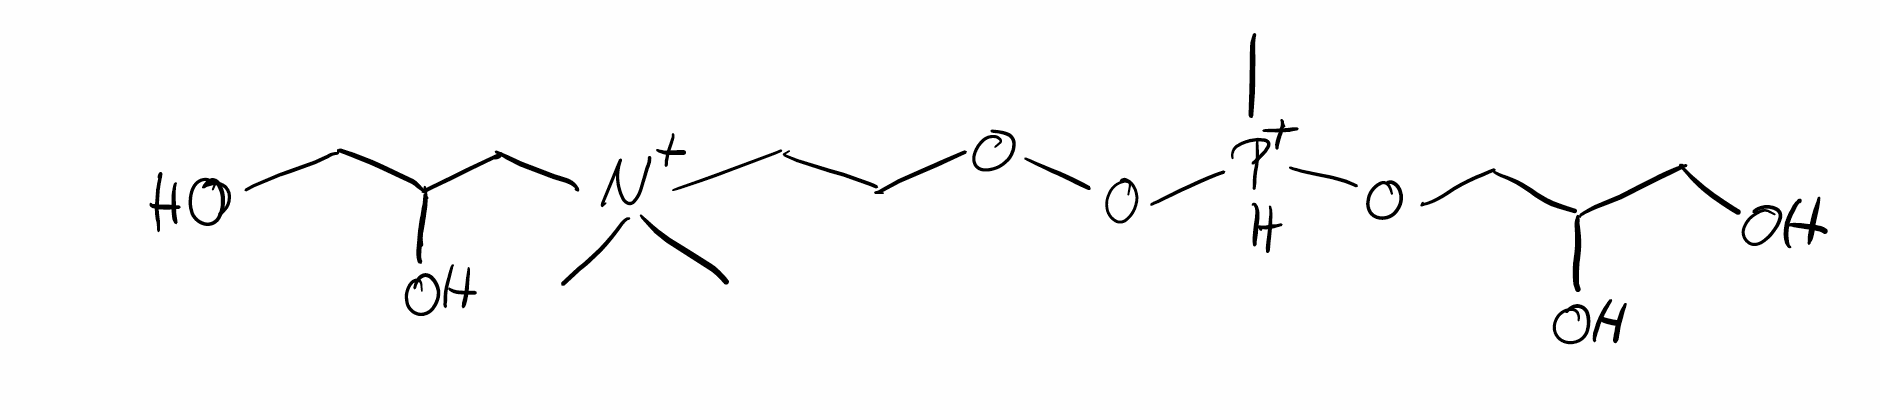
Simplified molecular-input line-entry system (SMILES) notation of the given molecule:
C[N+](C)(CCOO[PH+](C)OCC(CO)O)CC(CO)O